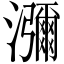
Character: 瀰